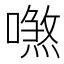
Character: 𠿼